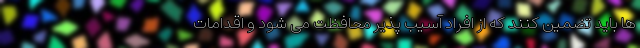
ها باید تضمین کنند که از افراد آسیب پذیر محافظت می شود و اقدامات